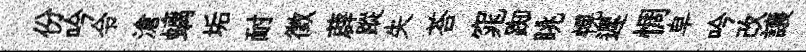
份吟令滄螭垢耐徵薜蹤失荅窕踟眺幌遲惆皁吟改譲